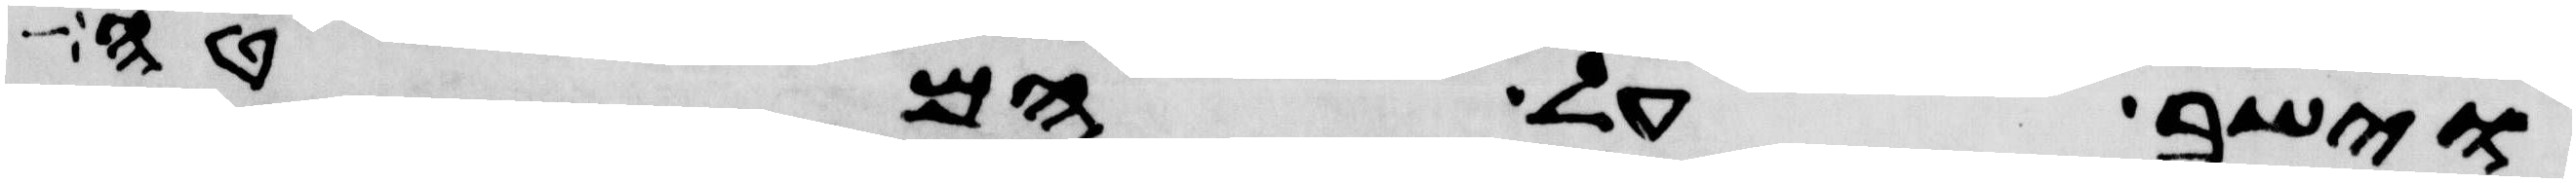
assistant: וישב על המטה